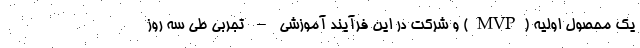
یک محصول اولیه (MVP) و شرکت در این فرآیند آموزشی – تجربی طی سه روز